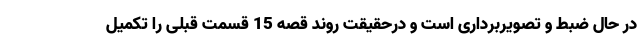
در حال ضبط و تصویربرداری است و درحقیقت روند قصه 15 قسمت قبلی را تکمیل